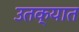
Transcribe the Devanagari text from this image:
उतक्यात